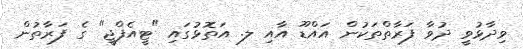
ވިދާޅުވީ ދުވާ ފަރާތްތަކުން އައްޑޫ އާއި ލ. އަތޮޅުގައި "ޓީއެފްޖީ" ގެ ފަރާތުން